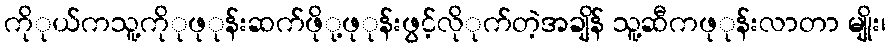
ကိုုယ်ကသူ့ကိုုဖုုန်းဆက်ဖိုု့ဖုုန်းဖွင့်လိုုက်တဲ့အချိန် သူ့ဆီကဖုုန်းလာတာ မျိုး၊